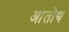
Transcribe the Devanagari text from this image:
आतोद्य